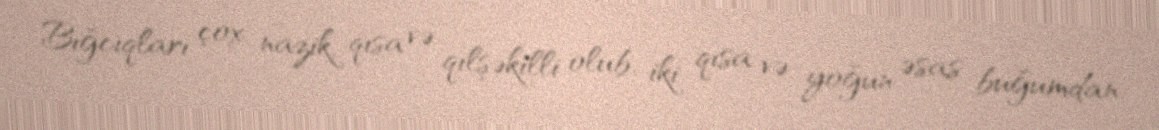
Bığcıqları çox nazik, qısa və qılşəkilli olub, iki qısa və yoğun əsas buğumdan